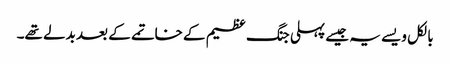
بالکل ویسے یہ جیسے پہلی جنگ عظیم کے خاتمے کے بعد بدلے تھے۔